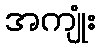
အကျုံး